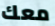
معك